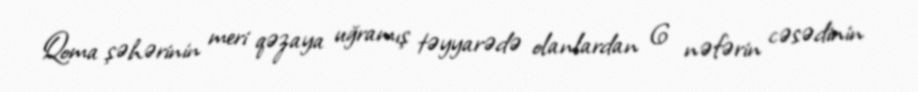
Qoma şəhərinin meri qəzaya uğramış təyyarədə olanlardan 6 nəfərin cəsədinin